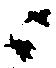
ニ